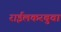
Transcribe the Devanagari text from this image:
राईलकरबुवा